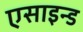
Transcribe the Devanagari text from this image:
एसाइन्ड